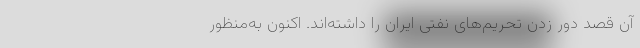
آن قصد دور زدن تحریم‌های نفتی ایران را داشته‌اند‌. اکنون به‌منظور